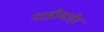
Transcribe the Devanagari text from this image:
गाडीबाहेर